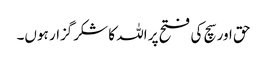
حق اور سچ کی فتح پر اللہ کا شکرگزار ہوں۔